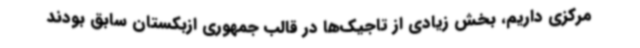
مرکزی داریم، بخش زیادی از تاجیک‌ها در قالب جمهوری ازبکستان سابق بودند